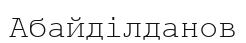
Абайділданов